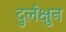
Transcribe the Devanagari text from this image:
दुर्लक्षुन